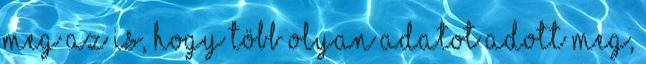
meg az is, hogy több olyan adatot adott meg,